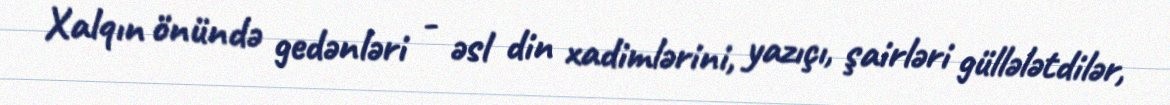
Xalqın önündə gedənləri - əsl din xadimlərini, yazıçı, şairləri güllələtdilər,